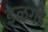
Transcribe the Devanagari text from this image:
इळगी